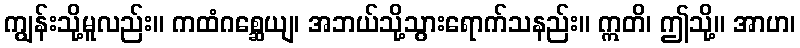
ကျွန်းသို့မူလည်း။ ကထံဂစ္ဆေယျ၊ အဘယ်သို့သွားရောက်သနည်း။ ဣတိ၊ ဤသို့။ အာဟ၊